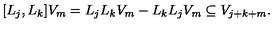
[ L _ { j } , L _ { k } ] V _ { m } = L _ { j } L _ { k } V _ { m } - L _ { k } L _ { j } V _ { m } \subseteq V _ { j + k + m } .